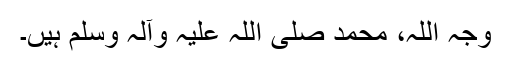
وجہ اللہ، محمد صلی اللہ علیہ وآلہ وسلم ہیں۔